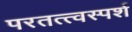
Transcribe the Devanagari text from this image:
परतत्त्वस्पर्श